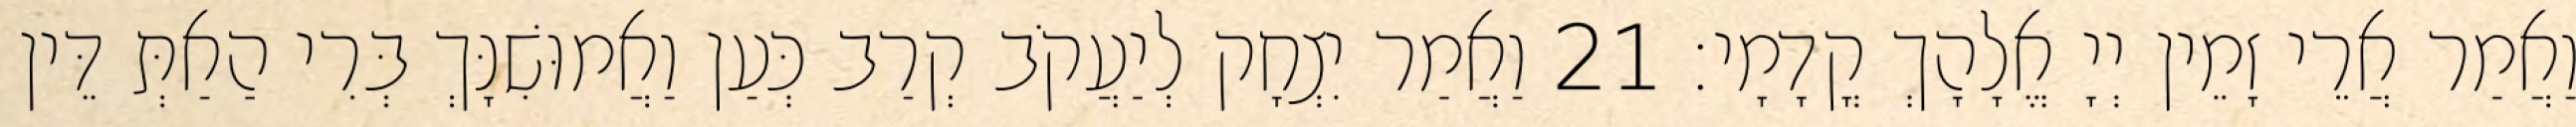
וַאֲמַר אֲרֵי זָמֵין יְיָ אֱלָהָךְ קֳדָמָי׃ 21 וַאֲמַר יִצְחָק לְיַעֲקֹב קְרַב כְּעַן וַאֲמוּשִׁנָּךְ בְּרִי הַאַתְּ דֵּין